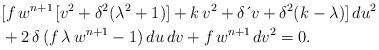
LaTeX: \begin{align*}& [f\,w^{n+1\,}[v^{2}+\delta^{2}(\lambda^{2}+1)]+k\,v^{2}+\delta \,\acute{}\,v+\delta^{2}(k-\lambda)]\,du^{2}\\& +2\, \delta \,(f\, \lambda \,w^{n+1}-1)\,du\,dv+f\,w^{n+1\,}dv^{2}=0.\end{align*}